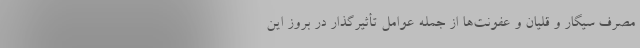
مصرف سیگار و قلیان و عفونت‌ها از جمله عوامل تأثیرگذار در بروز این